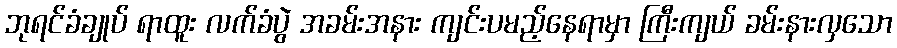
ဘုရင်ခံချုပ် ရာထူး လက်ခံပွဲ အခမ်းအနား ကျင်းပမည့်နေရာမှာ ကြီးကျယ် ခမ်းနားလှသော